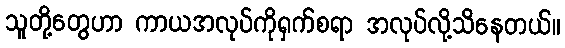
သူတို့တွေဟာ ကာယအလုပ်ကိုရှက်စရာ အလုပ်လို့သိနေတယ်။